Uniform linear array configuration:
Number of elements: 64
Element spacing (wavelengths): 1
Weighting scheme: hamming
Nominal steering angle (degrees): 60
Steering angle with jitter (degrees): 59.071
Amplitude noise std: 0.05
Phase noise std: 0.05

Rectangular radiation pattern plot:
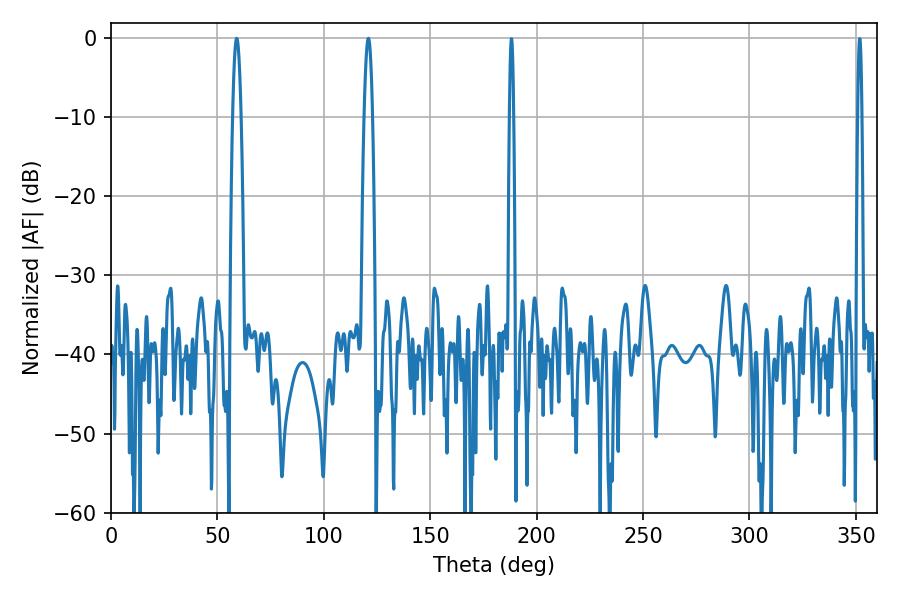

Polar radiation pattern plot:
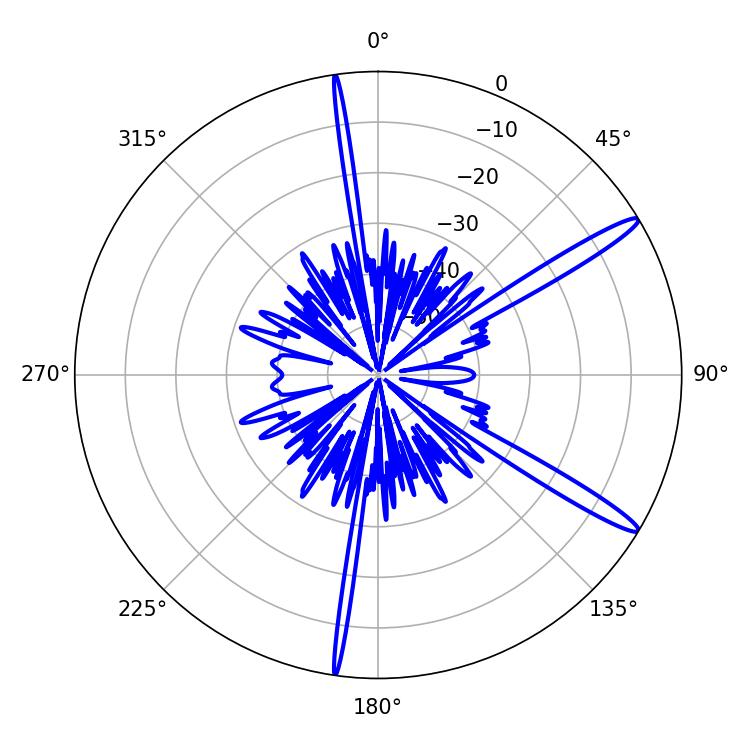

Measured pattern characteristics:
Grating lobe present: TRUE
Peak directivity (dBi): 14.844
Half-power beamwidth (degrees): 2.16
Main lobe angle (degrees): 59.04